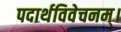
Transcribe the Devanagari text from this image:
पदार्थविवेचनम्।